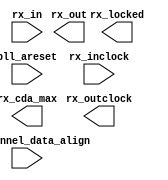
// megafunction wizard: %ALTLVDS_RX%VBB%
// GENERATION: STANDARD
// VERSION: WM1.0
// MODULE: ALTLVDS_RX 

// ============================================================
// Megafunction Name(s):
// 			ALTLVDS_RX
//
// Simulation Library Files(s):
// 			altera_mf
// ============================================================
// ************************************************************
// THIS IS A WIZARD-GENERATED FILE. DO NOT EDIT THIS FILE!
//
// 16.1.2 Build 203 01/18/2017 SJ Standard Edition
// ************************************************************

//Copyright (C) 2017  Intel Corporation. All rights reserved.
//Your use of Intel Corporation's design tools, logic functions 
//and other software and tools, and its AMPP partner logic 
//functions, and any output files from any of the foregoing 
//(including device programming or simulation files), and any 
//associated documentation or information are expressly subject 
//to the terms and conditions of the Intel Program License 
//Subscription Agreement, the Intel Quartus Prime License Agreement,
//the Intel MegaCore Function License Agreement, or other 
//applicable license agreement, including, without limitation, 
//that your use is for the sole purpose of programming logic 
//devices manufactured by Intel and sold by Intel or its 
//authorized distributors.  Please refer to the applicable 
//agreement for further details.

module C5_LVDS_RX (
	pll_areset,
	rx_channel_data_align,
	rx_in,
	rx_inclock,
	rx_cda_max,
	rx_locked,
	rx_out,
	rx_outclock);

	input	  pll_areset;
	input	[3:0]  rx_channel_data_align;
	input	[3:0]  rx_in;
	input	  rx_inclock;
	output	[3:0]  rx_cda_max;
	output	  rx_locked;
	output	[31:0]  rx_out;
	output	  rx_outclock;

endmodule

// ============================================================
// CNX file retrieval info
// ============================================================
// Retrieval info: LIBRARY: altera_mf altera_mf.altera_mf_components.all
// Retrieval info: PRIVATE: Bitslip NUMERIC "8"
// Retrieval info: PRIVATE: Clock_Choices STRING "tx_coreclock"
// Retrieval info: PRIVATE: Clock_Mode NUMERIC "0"
// Retrieval info: PRIVATE: Data_rate STRING "800.0"
// Retrieval info: PRIVATE: Deser_Factor NUMERIC "8"
// Retrieval info: PRIVATE: Dpll_Lock_Count NUMERIC "0"
// Retrieval info: PRIVATE: Dpll_Lock_Window NUMERIC "0"
// Retrieval info: PRIVATE: Enable_DPA_Mode STRING "OFF"
// Retrieval info: PRIVATE: Enable_FIFO_DPA_Channels NUMERIC "0"
// Retrieval info: PRIVATE: Ext_PLL STRING "OFF"
// Retrieval info: PRIVATE: INTENDED_DEVICE_FAMILY STRING "Cyclone V"
// Retrieval info: PRIVATE: Le_Serdes STRING "OFF"
// Retrieval info: PRIVATE: Num_Channel NUMERIC "4"
// Retrieval info: PRIVATE: Outclock_Divide_By NUMERIC "0"
// Retrieval info: PRIVATE: pCNX_OUTCLK_ALIGN NUMERIC "0"
// Retrieval info: PRIVATE: pINCLOCK_PHASE_SHIFT STRING "0.00"
// Retrieval info: PRIVATE: PLL_Enable NUMERIC "0"
// Retrieval info: PRIVATE: PLL_Freq STRING "25.000000"
// Retrieval info: PRIVATE: PLL_Period STRING "40.000"
// Retrieval info: PRIVATE: pOUTCLOCK_PHASE_SHIFT NUMERIC "0"
// Retrieval info: PRIVATE: Reg_InOut NUMERIC "1"
// Retrieval info: PRIVATE: Use_Cda_Reset NUMERIC "0"
// Retrieval info: PRIVATE: Use_Clock_Resc STRING "Dual-Regional clock"
// Retrieval info: PRIVATE: Use_Common_Rx_Tx_Plls NUMERIC "0"
// Retrieval info: PRIVATE: Use_Data_Align NUMERIC "1"
// Retrieval info: PRIVATE: Use_Lock NUMERIC "1"
// Retrieval info: PRIVATE: Use_Pll_Areset NUMERIC "1"
// Retrieval info: PRIVATE: Use_Rawperror NUMERIC "0"
// Retrieval info: PRIVATE: Use_Tx_Out_Phase NUMERIC "0"
// Retrieval info: CONSTANT: BUFFER_IMPLEMENTATION STRING "RAM"
// Retrieval info: CONSTANT: CDS_MODE STRING "UNUSED"
// Retrieval info: CONSTANT: COMMON_RX_TX_PLL STRING "OFF"
// Retrieval info: CONSTANT: clk_src_is_pll STRING "off"
// Retrieval info: CONSTANT: DATA_ALIGN_ROLLOVER NUMERIC "8"
// Retrieval info: CONSTANT: DATA_RATE STRING "800.0 Mbps"
// Retrieval info: CONSTANT: DESERIALIZATION_FACTOR NUMERIC "8"
// Retrieval info: CONSTANT: DPA_INITIAL_PHASE_VALUE NUMERIC "0"
// Retrieval info: CONSTANT: DPLL_LOCK_COUNT NUMERIC "0"
// Retrieval info: CONSTANT: DPLL_LOCK_WINDOW NUMERIC "0"
// Retrieval info: CONSTANT: ENABLE_CLOCK_PIN_MODE STRING "UNUSED"
// Retrieval info: CONSTANT: ENABLE_DPA_ALIGN_TO_RISING_EDGE_ONLY STRING "OFF"
// Retrieval info: CONSTANT: ENABLE_DPA_CALIBRATION STRING "ON"
// Retrieval info: CONSTANT: ENABLE_DPA_FIFO STRING "UNUSED"
// Retrieval info: CONSTANT: ENABLE_DPA_INITIAL_PHASE_SELECTION STRING "OFF"
// Retrieval info: CONSTANT: ENABLE_DPA_MODE STRING "OFF"
// Retrieval info: CONSTANT: ENABLE_DPA_PLL_CALIBRATION STRING "OFF"
// Retrieval info: CONSTANT: ENABLE_SOFT_CDR_MODE STRING "OFF"
// Retrieval info: CONSTANT: IMPLEMENT_IN_LES STRING "OFF"
// Retrieval info: CONSTANT: INCLOCK_BOOST NUMERIC "0"
// Retrieval info: CONSTANT: INCLOCK_DATA_ALIGNMENT STRING "EDGE_ALIGNED"
// Retrieval info: CONSTANT: INCLOCK_PERIOD NUMERIC "40000"
// Retrieval info: CONSTANT: INCLOCK_PHASE_SHIFT NUMERIC "0"
// Retrieval info: CONSTANT: INPUT_DATA_RATE NUMERIC "800"
// Retrieval info: CONSTANT: INTENDED_DEVICE_FAMILY STRING "Cyclone V"
// Retrieval info: CONSTANT: LOSE_LOCK_ON_ONE_CHANGE STRING "UNUSED"
// Retrieval info: CONSTANT: LPM_HINT STRING "UNUSED"
// Retrieval info: CONSTANT: LPM_TYPE STRING "altlvds_rx"
// Retrieval info: CONSTANT: NUMBER_OF_CHANNELS NUMERIC "4"
// Retrieval info: CONSTANT: OUTCLOCK_RESOURCE STRING "Dual-Regional clock"
// Retrieval info: CONSTANT: PLL_OPERATION_MODE STRING "NORMAL"
// Retrieval info: CONSTANT: PLL_SELF_RESET_ON_LOSS_LOCK STRING "UNUSED"
// Retrieval info: CONSTANT: PORT_RX_CHANNEL_DATA_ALIGN STRING "PORT_USED"
// Retrieval info: CONSTANT: PORT_RX_DATA_ALIGN STRING "PORT_UNUSED"
// Retrieval info: CONSTANT: REFCLK_FREQUENCY STRING "25.000000 MHz"
// Retrieval info: CONSTANT: REGISTERED_DATA_ALIGN_INPUT STRING "UNUSED"
// Retrieval info: CONSTANT: REGISTERED_OUTPUT STRING "ON"
// Retrieval info: CONSTANT: RESET_FIFO_AT_FIRST_LOCK STRING "UNUSED"
// Retrieval info: CONSTANT: RX_ALIGN_DATA_REG STRING "RISING_EDGE"
// Retrieval info: CONSTANT: SIM_DPA_IS_NEGATIVE_PPM_DRIFT STRING "OFF"
// Retrieval info: CONSTANT: SIM_DPA_NET_PPM_VARIATION NUMERIC "0"
// Retrieval info: CONSTANT: SIM_DPA_OUTPUT_CLOCK_PHASE_SHIFT NUMERIC "0"
// Retrieval info: CONSTANT: USE_CORECLOCK_INPUT STRING "OFF"
// Retrieval info: CONSTANT: USE_DPLL_RAWPERROR STRING "OFF"
// Retrieval info: CONSTANT: USE_EXTERNAL_PLL STRING "OFF"
// Retrieval info: CONSTANT: USE_NO_PHASE_SHIFT STRING "ON"
// Retrieval info: CONSTANT: X_ON_BITSLIP STRING "ON"
// Retrieval info: USED_PORT: pll_areset 0 0 0 0 INPUT NODEFVAL "pll_areset"
// Retrieval info: CONNECT: @pll_areset 0 0 0 0 pll_areset 0 0 0 0
// Retrieval info: USED_PORT: rx_cda_max 0 0 4 0 OUTPUT NODEFVAL "rx_cda_max[3..0]"
// Retrieval info: CONNECT: rx_cda_max 0 0 4 0 @rx_cda_max 0 0 4 0
// Retrieval info: USED_PORT: rx_channel_data_align 0 0 4 0 INPUT NODEFVAL "rx_channel_data_align[3..0]"
// Retrieval info: CONNECT: @rx_channel_data_align 0 0 4 0 rx_channel_data_align 0 0 4 0
// Retrieval info: USED_PORT: rx_in 0 0 4 0 INPUT NODEFVAL "rx_in[3..0]"
// Retrieval info: CONNECT: @rx_in 0 0 4 0 rx_in 0 0 4 0
// Retrieval info: USED_PORT: rx_inclock 0 0 0 0 INPUT NODEFVAL "rx_inclock"
// Retrieval info: CONNECT: @rx_inclock 0 0 0 0 rx_inclock 0 0 0 0
// Retrieval info: USED_PORT: rx_locked 0 0 0 0 OUTPUT NODEFVAL "rx_locked"
// Retrieval info: CONNECT: rx_locked 0 0 0 0 @rx_locked 0 0 0 0
// Retrieval info: USED_PORT: rx_out 0 0 32 0 OUTPUT NODEFVAL "rx_out[31..0]"
// Retrieval info: CONNECT: rx_out 0 0 32 0 @rx_out 0 0 32 0
// Retrieval info: USED_PORT: rx_outclock 0 0 0 0 OUTPUT NODEFVAL "rx_outclock"
// Retrieval info: CONNECT: rx_outclock 0 0 0 0 @rx_outclock 0 0 0 0
// Retrieval info: GEN_FILE: TYPE_NORMAL C5_LVDS_RX.v TRUE FALSE
// Retrieval info: GEN_FILE: TYPE_NORMAL C5_LVDS_RX.qip TRUE FALSE
// Retrieval info: GEN_FILE: TYPE_NORMAL C5_LVDS_RX.bsf TRUE TRUE
// Retrieval info: GEN_FILE: TYPE_NORMAL C5_LVDS_RX_inst.v TRUE TRUE
// Retrieval info: GEN_FILE: TYPE_NORMAL C5_LVDS_RX_bb.v TRUE TRUE
// Retrieval info: GEN_FILE: TYPE_NORMAL C5_LVDS_RX.inc FALSE TRUE
// Retrieval info: GEN_FILE: TYPE_NORMAL C5_LVDS_RX.cmp FALSE TRUE
// Retrieval info: GEN_FILE: TYPE_NORMAL C5_LVDS_RX.ppf TRUE FALSE
// Retrieval info: PRIVATE: SYNTH_WRAPPER_GEN_POSTFIX NUMERIC "1"
// Retrieval info: LIB_FILE: altera_mf
// Retrieval info: CBX_MODULE_PREFIX: ON